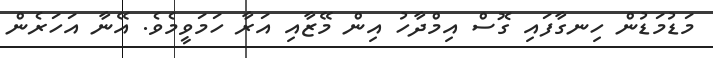
މަޑުމަޑުން ހިނގާފައި ގޮސް އިމްދާހު އިން މޭޒާއި އަރާ ހަމަވީމެވެ. އޭނާ އަހަރެން